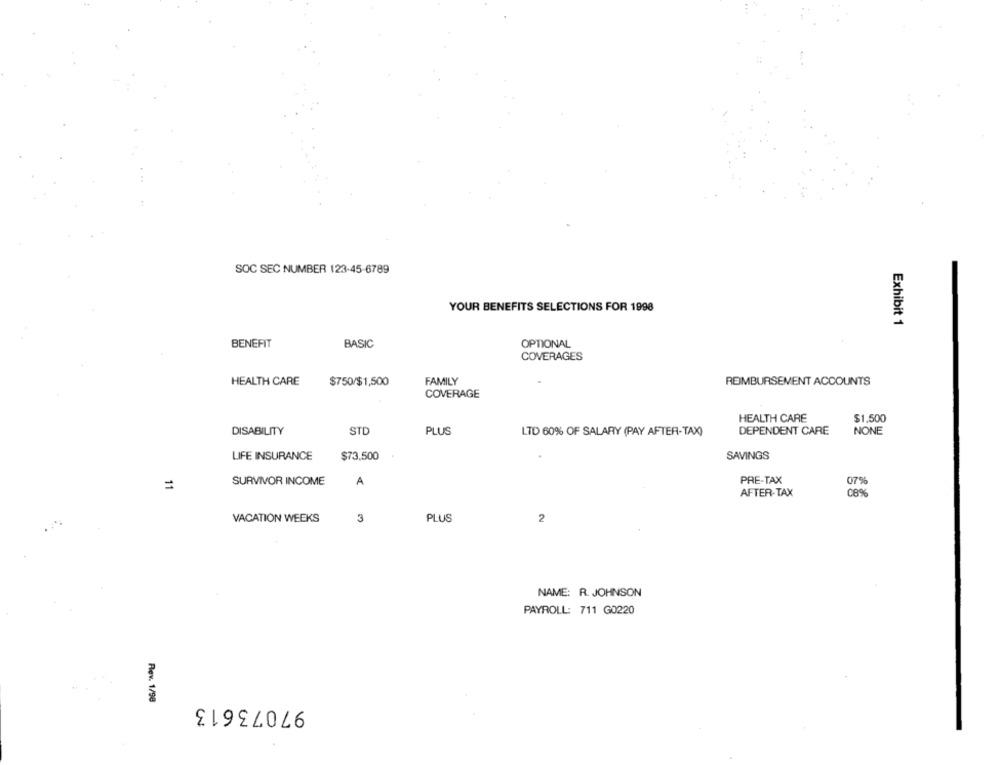
SOC SEC NUMBER 123-45-6789
YOUR BENEFITS SELECTIONS FOR 1998
Exhibit 1
BENEFIT
BASIC
OPTIONAL
COVERAGES
HEALTH CARE
$750/$1,500
FAMILY
REIMBURSEMENT ACCOUNTS
COVERAGE
HEALTH CARE
$1,500
DISABILITY
STD
PLUS
LTD 60% OF SALARY (PAY AFTER-TAX)
DEPENDENT CARE
NONE
LIFE INSURANCE
$73,500
SAVINGS
SURVIVOR INCOME
A
PRE-TAX
07%
=
AFTER-TAX
08%
VACATION WEEKS
3
PLUS
2
NAME: R. JOHNSON
PAYROLL: 711 G0220
Rev. 1/98
97073613